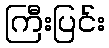
ကြီးပြင်း